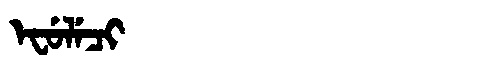
Manchu: ᡝᠸᡠᠯᡝᠴᡳ
Romanization: EFULECI